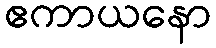
ဧကာယနော